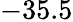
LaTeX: -35.5